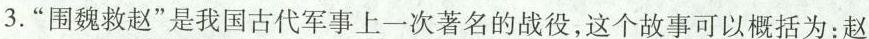
3.”围魏救赵”是我国古代军事上一次著名的战役，这个故事可以概括为：赵